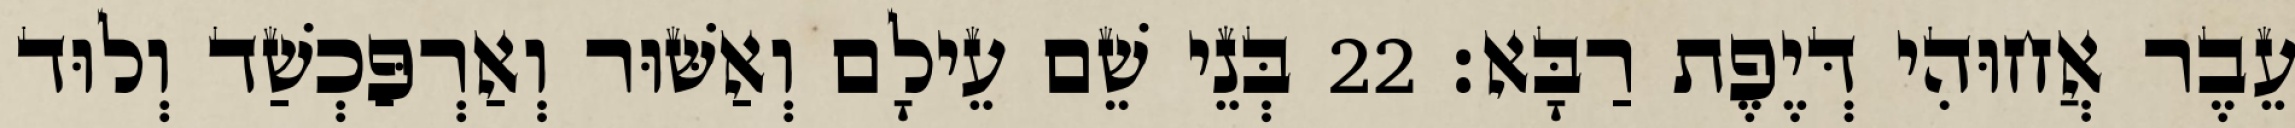
עֵבֶר אֲחוּהִי דְּיֶפֶת רַבָּא׃ 22 בְּנֵי שֵׁם עֵילָם וְאַשּׁוּר וְאַרְפַּכְשַׁד וְלוּד